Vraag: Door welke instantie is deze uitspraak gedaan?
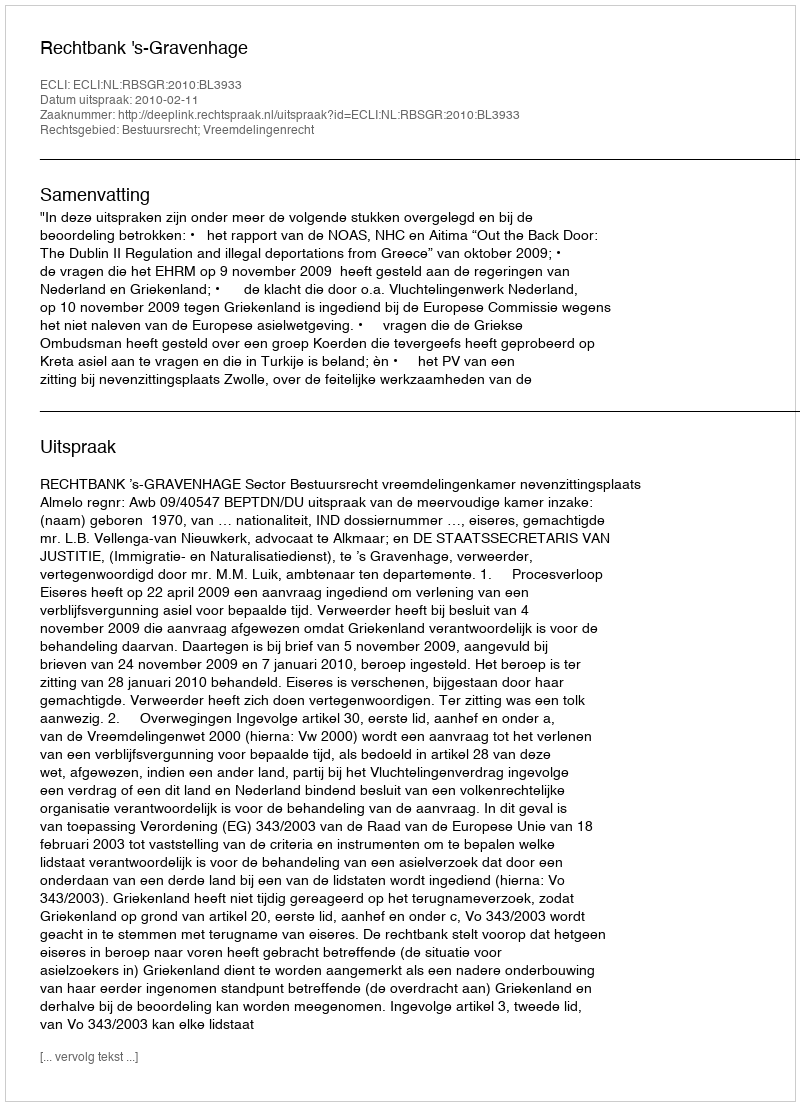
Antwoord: Rechtbank 's-Gravenhage